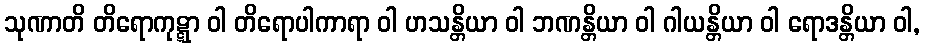
သုဏာတိ တိရောကုဋ္ဋာ ဝါ တိရောပါကာရာ ဝါ ဟသန္တိယာ ဝါ ဘဏန္တိယာ ဝါ ဂါယန္တိယာ ဝါ ရောဒန္တိယာ ဝါ,